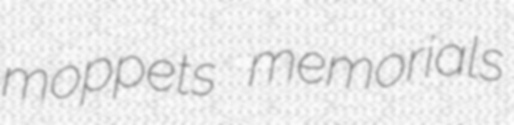
moppets memorials